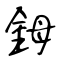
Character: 鉧